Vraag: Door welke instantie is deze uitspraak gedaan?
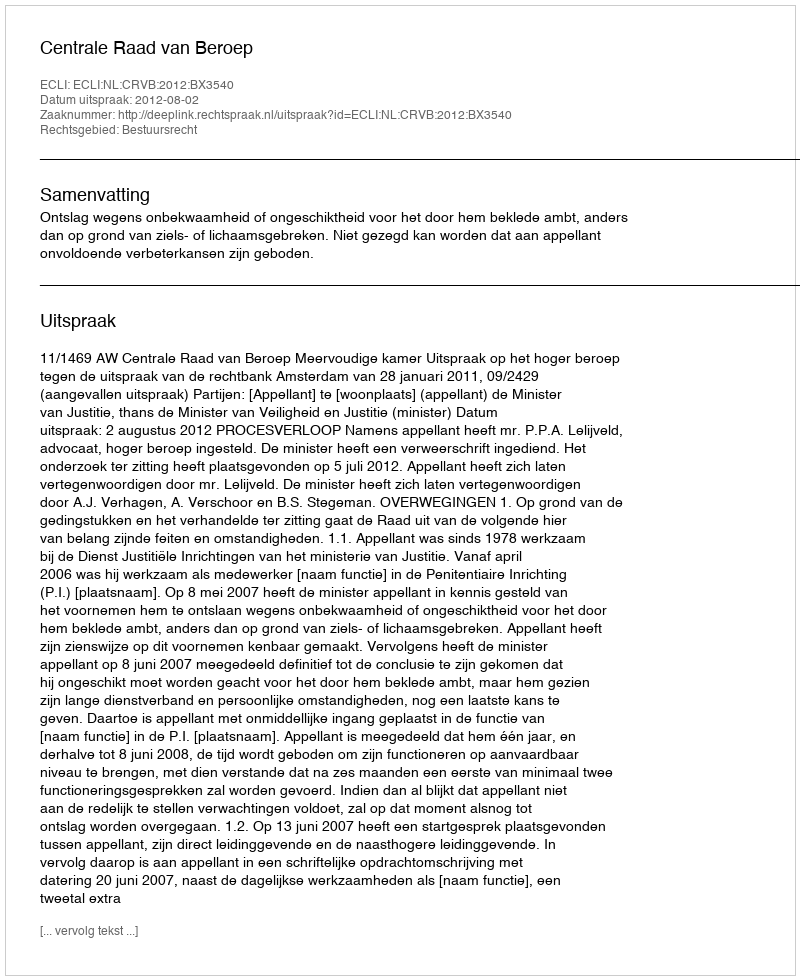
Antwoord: Centrale Raad van Beroep